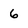
Character: 6